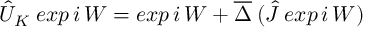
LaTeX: \hat { U } _ { K } \; e x p \, i \, W = e x p \, i \, W + \overline { { { \Delta } } } \: ( \hat { J } \: e x p \, i \, W )